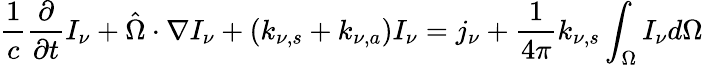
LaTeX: {\frac{1}{c}}{\frac{\partial}{\partial t}}I_{\nu}+{\hat{\Omega}}\cdot\nabla I_{\nu}+(k_{\nu,s}+k_{\nu,a})I_{\nu}=j_{\nu}+{\frac{1}{4\pi}}k_{\nu,s}\int_{\Omega}I_{\nu}d\Omega